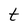
Character: t